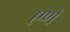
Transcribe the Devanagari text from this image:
एणें